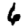
Digit: 6